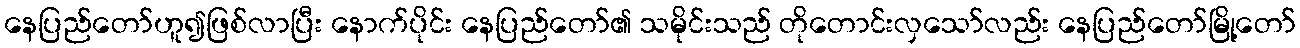
နေပြည်တော်ဟူ၍ဖြစ်လာပြီး နောက်ပိုင်း နေပြည်တော်၏ သမိုင်းသည် တိုတောင်းလှသော်လည်း နေပြည်တော်မြို့တော်